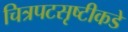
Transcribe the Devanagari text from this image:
चित्रपटसृष्टीकडे